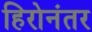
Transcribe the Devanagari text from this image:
हिरोनंतर